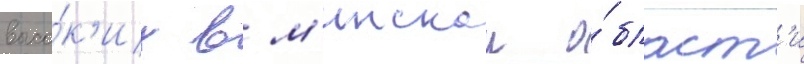
высо́к'их в м'инскои о́бласт'и